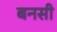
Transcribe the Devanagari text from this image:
बनसी